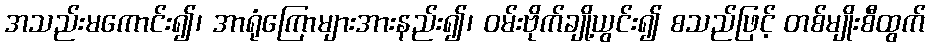
အသည်းမကောင်း၍၊ အာရုံကြောများအားနည်း၍၊ ဝမ်းဗိုက်ချို့ယွင်း၍ စသည်ဖြင့် တစ်မျိုးစီထွက်